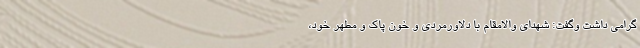
گرامی داشت وگفت: شهدای والامقام با دلاورمردی و خون پاک و مطهر خود،